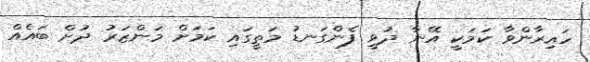
ހައިރާންވާ ކަމަކީ އޭނާ ދުވީ ފެންގަނޑު މަތީގައި ކަމަށް މަންޒަރު ދުށް ބައެއް